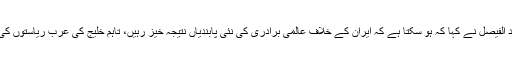
ریاض میں امریکی وزیر خارجہ کا استقبال کرتے ہوئے ان کے سعودی ہم منصب شہزادہ سعود الفیصل نے کہا کہ ہو سکتا ہے کہ ایران کے خلاف عالمی برادری کی نئی پابندیاں نتیجہ خیز رہیں، تاہم خلیج کی عرب ریاستوں کی خواہش ہے کہ ایرانی ایٹمی پروگرام سے متعلق تنازعے کا کوئی فوری حل نکالا جانا چاہیے۔